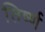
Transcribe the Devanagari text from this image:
तिर्ष्ण